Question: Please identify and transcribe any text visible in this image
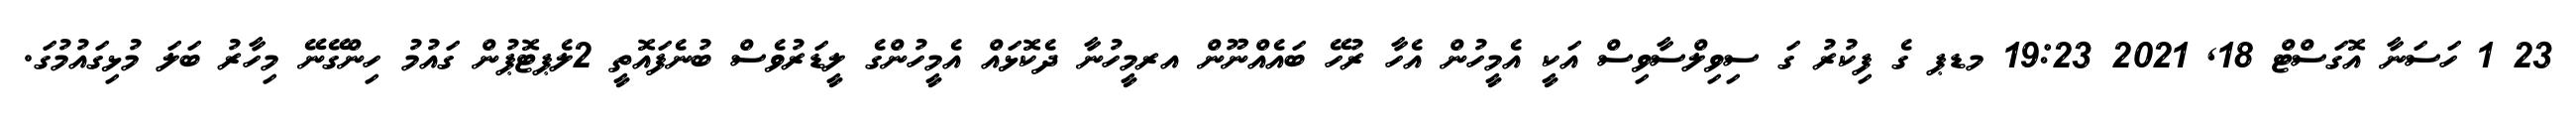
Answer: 23 1 ހަސަނާ އޮގަސްޓް 18, 2021 19:23 މޑޕ ގެ ފިކުރު ގަ ސިވިލްސާވިސް އަކީ އެމީހުން އެހާ ރުހޭ ބައެއްނޫން އރމީހުނާ ދެކޮޅައް އެމީހުންގެ ލީޑަރުވެސް ބުނެފައޮތީ 2ލެޕޓޮޕުން ގައުމު ހިންގޭނޭ މިހާރު ބަލަ މުޅިގައުމުގަ.